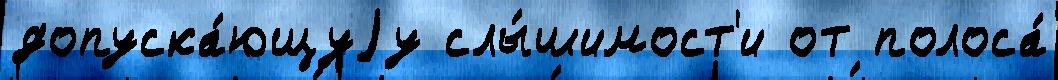
допуска́ющуjу слы́шимост'и от полоса́